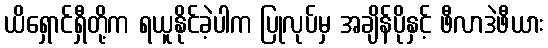
ယိရှောင်ရှီတို့က ရယူနိုင်ခဲ့ပါက ပြုလုပ်မှ အချိန်ပိုနှင့် ဖီလာဒဲဖီယား